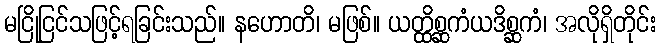
မငြိုငြင်သဖြင့်ရခြင်းသည်။ နဟောတိ၊ မဖြစ်။ ယတ္ထိစ္ဆကံယဒိစ္ဆကံ၊ အလိုရှိတိုင်း